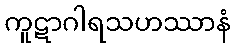
ကူဋာဂါရသဟဿာနံ